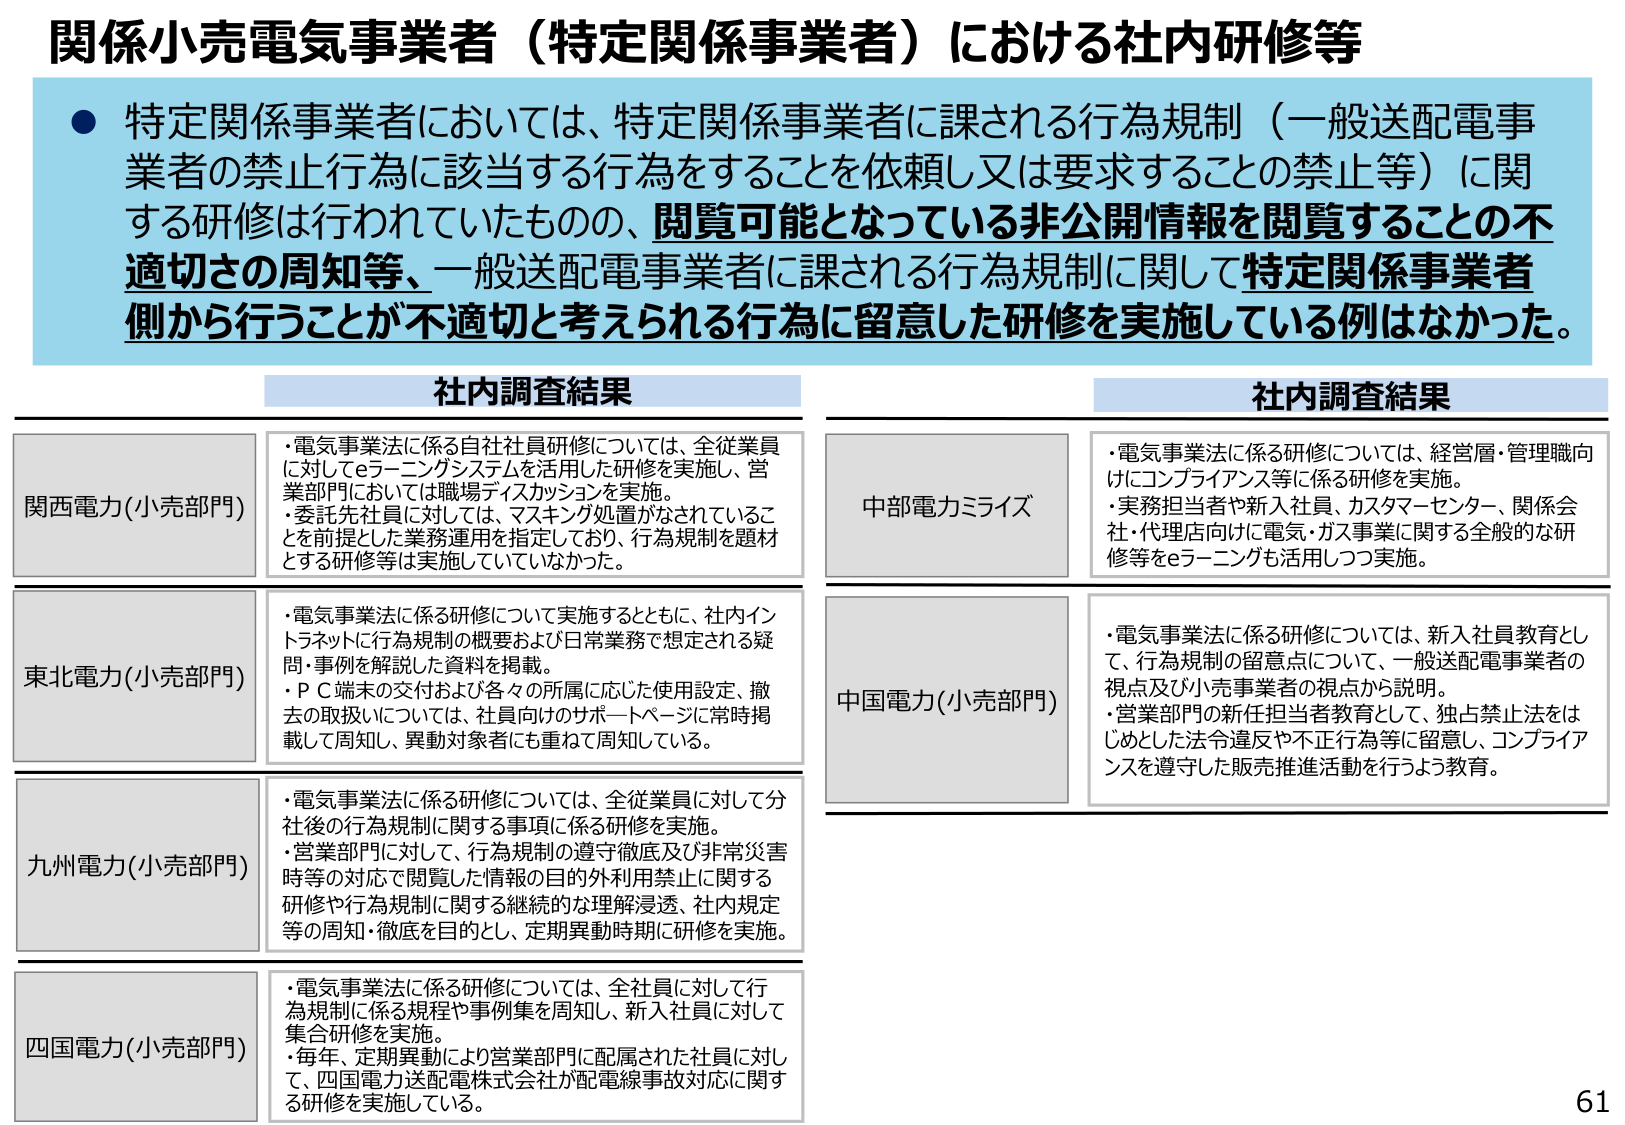
関係小売電気事業者（特定関係事業者）における社内研修等

● 特定関係事業者においては、特定関係事業者に課される行為規制（一般送配電事業者の禁止行為に該当する行為をすることを依頼し又は要求することの禁止等）に関する研修は行われていたものの、閲覧可能となっている非公開情報を閲覧することの不適切さの周知等、一般送配電事業者に課される行為規制に関して特定関係事業者側から行うことが不適切と考えられる行為に留意した研修を実施している例はなかった。

社内調査結果

関西電力(小売部門)
・電気事業法に係る自社社員研修については、全従業員に対してeラーニングシステムを活用した研修を実施し、営業部門においては職場ディスカッションを実施。
・委託先社員に対しては、マスキング処置がなされていることを前提とした業務運用を指定しており、行為規制を題材とする研修等は実施していなかった。

東北電力(小売部門)
・電気事業法に係る研修について実施するとともに、社内イントラネットに行為規制の概要および日常業務で想定される疑問・事例を解説した資料を掲載。
・ＰＣ端末の交付および各々の所属に応じた使用設定、撤去の取扱いについては、社員向けのサポートページに常時掲載して周知し、異動対象者にも重ねて周知している。

九州電力(小売部門)
・電気事業法に係る研修については、全従業員に対して分社後の行為規制に関する事項に係る研修を実施。
・営業部門に対して、行為規制の遵守徹底及び非常災害時等の対応で閲覧した情報の目的外利用禁止に関する研修や行為規制に関する継続的な理解浸透、社内規定等の周知・徹底を目的とし、定期異動時期に研修を実施。

四国電力(小売部門)
・電気事業法に係る研修については、全社員に対して行為規制に係る規程や事例集を周知し、新入社員に対して集合研修を実施。
・毎年、定期異動により営業部門に配属された社員に対して、四国電力送配電株式会社が配電線事故対応に関する研修を実施している。

社内調査結果

中部電力ミライズ
・電気事業法に係る研修については、経営層・管理職向けにコンプライアンス等に係る研修を実施。
・実務担当者や新入社員、カスタマーセンター、関係会社・代理店向けに電気・ガス事業に関する全般的な研修等をeラーニングも活用しつつ実施。

中国電力(小売部門)
・電気事業法に係る研修については、新入社員教育として、行為規制の留意点について、一般送配電事業者の視点及び小売事業者の視点から説明。
・営業部門の新任担当者教育として、独占禁止法をはじめとした法令違反や不正行為等に留意し、コンプライアンスを遵守した販売推進活動を行うよう教育。

61